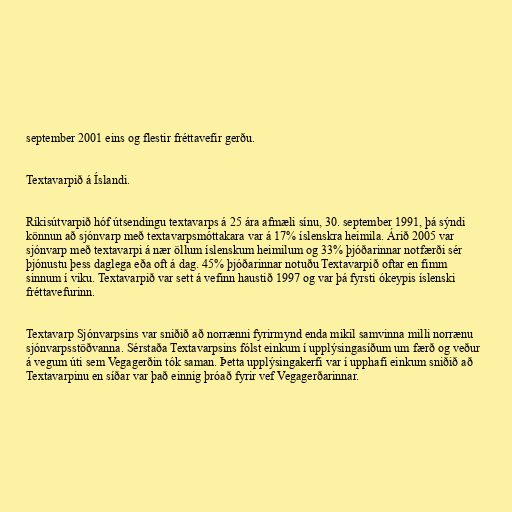
september 2001 eins og flestir fréttavefir gerðu.

Textavarpið á Íslandi.

Ríkisútvarpið hóf útsendingu textavarps á 25 ára afmæli sínu, 30. september 1991, þá sýndi
könnun að sjónvarp með textavarpsmóttakara var á 17% íslenskra heimila. Árið 2005 var
sjónvarp með textavarpi á nær öllum íslenskum heimilum og 33% þjóðarinnar notfærði sér
þjónustu þess daglega eða oft á dag. 45% þjóðarinnar notuðu Textavarpið oftar en fimm
sinnum í viku. Textavarpið var sett á vefinn haustið 1997 og var þá fyrsti ókeypis íslenski
fréttavefurinn.

Textavarp Sjónvarpsins var sniðið að norrænni fyrirmynd enda mikil samvinna milli norrænu
sjónvarpsstöðvanna. Sérstaða Textavarpsins fólst einkum í upplýsingasíðum um færð og veður
á vegum úti sem Vegagerðin tók saman. Þetta upplýsingakerfi var í upphafi einkum sniðið að
Textavarpinu en síðar var það einnig þróað fyrir vef Vegagerðarinnar.